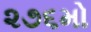
૨૭૬મો